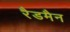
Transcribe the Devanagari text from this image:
रैडमैन